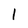
Character: l